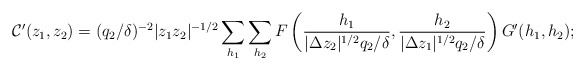
\begin{align*}\mathcal{C}'(z_1, z_2) = (q_2/\delta)^{-2}|z_1z_2|^{-1/2}\sum_{h_1}\sum_{h_2}F\left(\frac{h_1}{|\Delta z_2|^{1/2}q_2/\delta}, \frac{h_2}{|\Delta z_1|^{1/2}q_2/\delta}\right)G'(h_1, h_2);\end{align*}